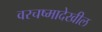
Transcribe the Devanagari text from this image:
वरचष्मादेखील